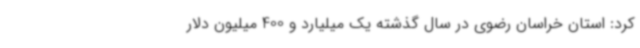
کرد: استان خراسان رضوی در سال گذشته یک میلیارد و 400 میلیون دلار